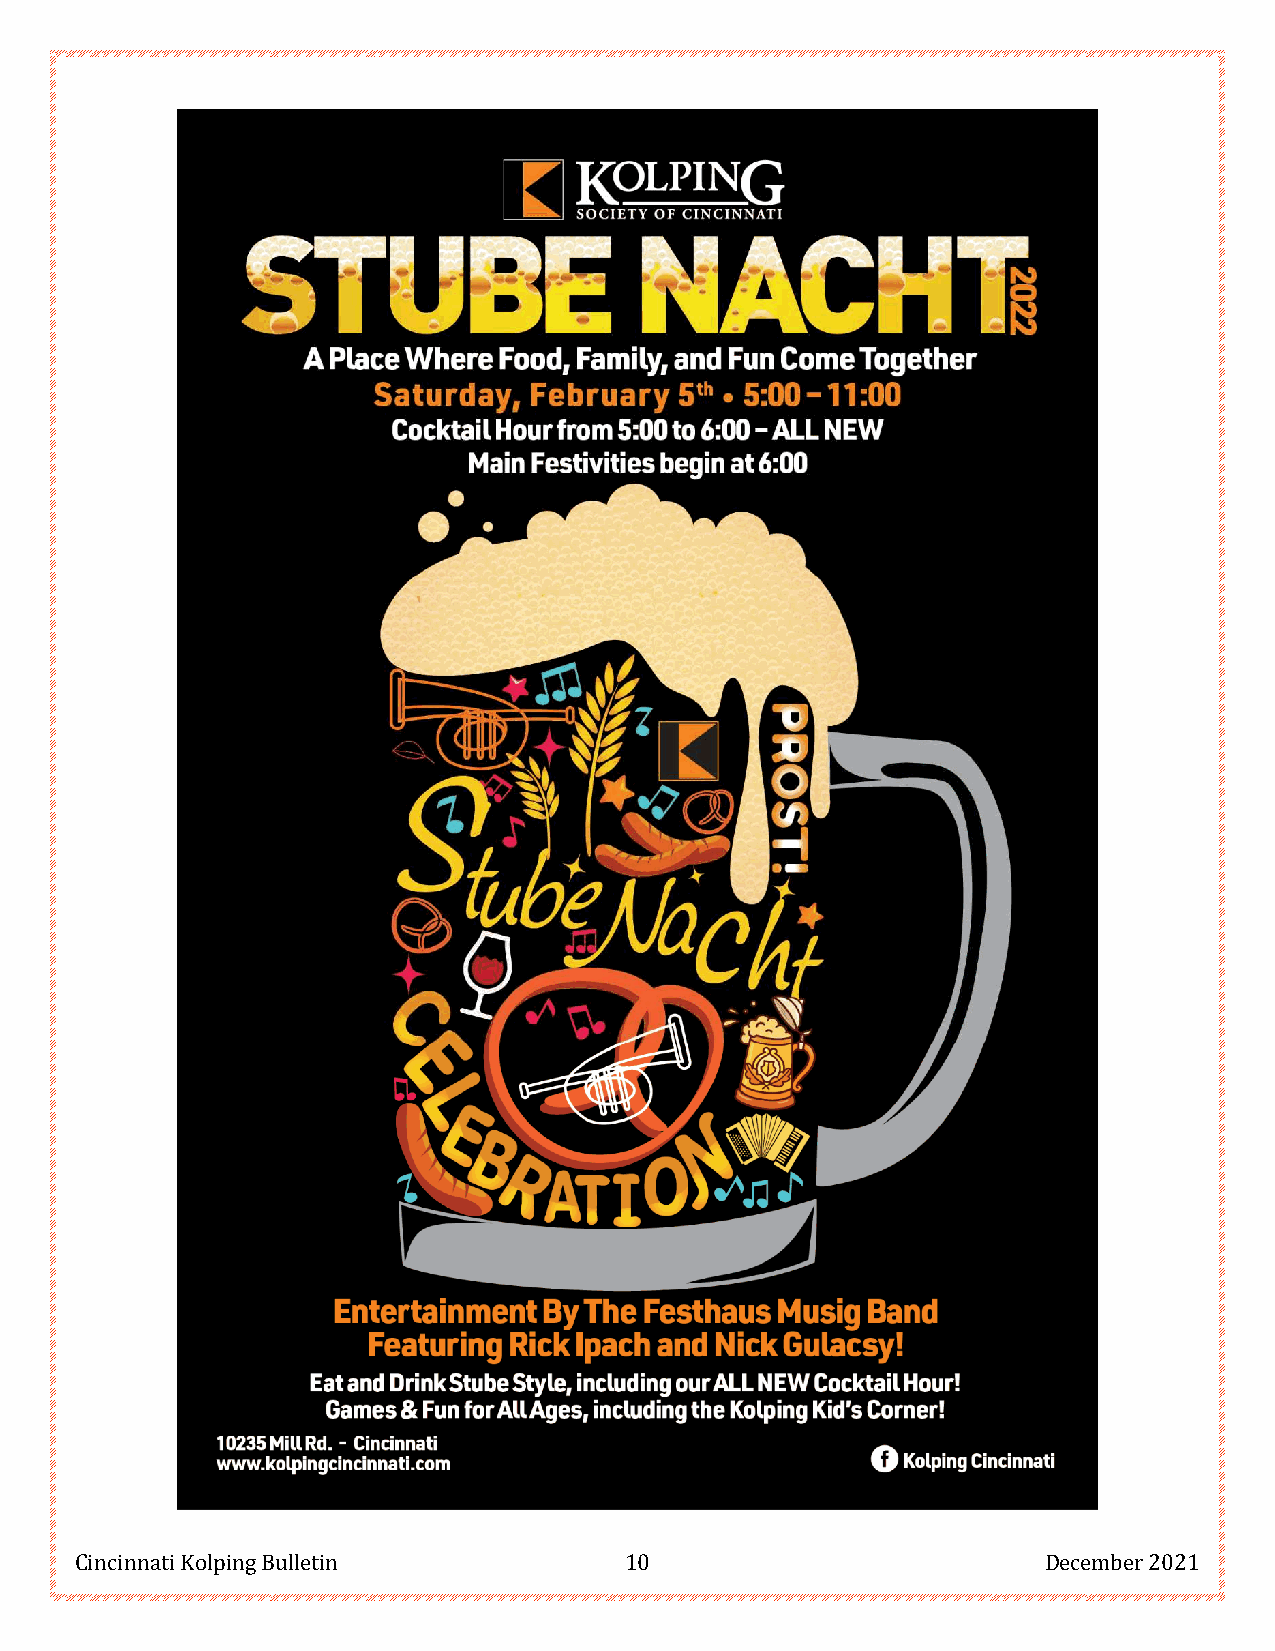
Cincinnati Kolping Bulletin         10                          December 2021